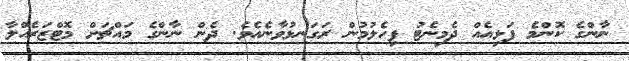
ނާންގެ ކޮންމެ ފަޅިއެއް ދެމިނެޓު ފިހެލުމުން ރަގަނޅުވާނެއެވެ. ދެން ނާންގެ މައްޗަށް މޮޓްޒަރެއްލާ